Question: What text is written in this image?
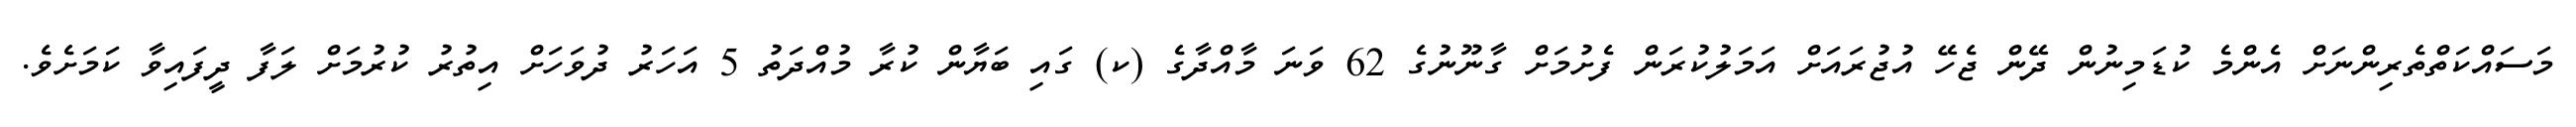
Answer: މަސައްކަތްތެރިންނަށް އެންމެ ކުޑަމިނުން ދޭން ޖެހޭ އުޖުރައަށް އަމަލުކުރަން ފެށުމަށް ގާނޫނުގެ 62 ވަނަ މާއްދާގެ (ކ) ގައި ބަޔާން ކުރާ މުއްދަތު 5 އަހަރު ދުވަހަށް އިތުރު ކުރުމަށް ލަފާ ދީފައިވާ ކަމަށެވެ.